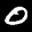
Label: 0